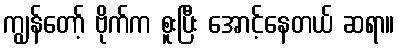
ကျွန်တော့် ဗိုက်က စူးပြီး အောင့်နေတယ် ဆရာ။